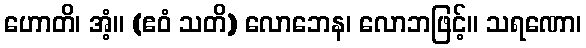
ဟောတိ၊ အံ့။ (ဧဝံ သတိ) လောဘေန၊ လောဘဖြင့်။ သရဏော၊